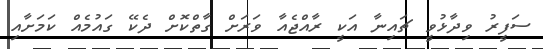
ސަފީރު ވިދާޅުވީ ޗައިނާ އަކީ ރާއްޖެއާ ވަރަށް ގާތްކޮށް ދެކޭ ގައުމެއް ކަމަށާއި